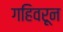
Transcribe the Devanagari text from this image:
गहिवरून